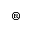
^ \mathrm { \textregistered }